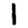
Digit: 1